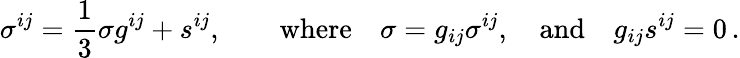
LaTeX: \sigma^{ij}=\frac 13\sigma g^{ij}+s^{ij},\qquad\mathrm{where}\quad\sigma=g_{ij}\sigma^{ij},\quad\mathrm{and}\quad g_{ij}s^{ij}=0\, .